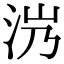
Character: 𣲸